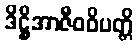
ဒိဋ္ဌိအာဇီဝဝိပတ္တိ